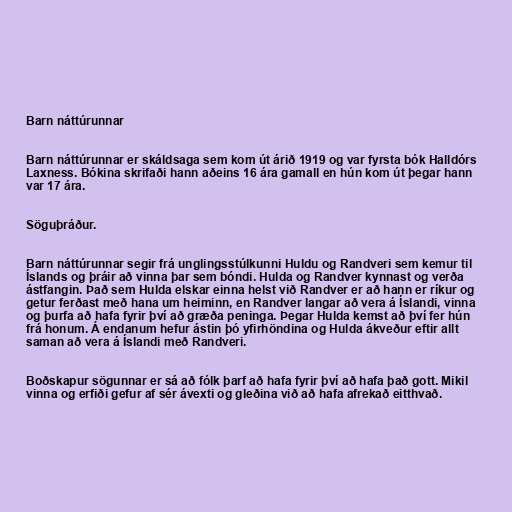
Barn náttúrunnar

Barn náttúrunnar er skáldsaga sem kom út árið 1919 og var fyrsta bók Halldórs
Laxness. Bókina skrifaði hann aðeins 16 ára gamall en hún kom út þegar hann
var 17 ára.

Söguþráður.

Barn náttúrunnar segir frá unglingsstúlkunni Huldu og Randveri sem kemur til
Íslands og þráir að vinna þar sem bóndi. Hulda og Randver kynnast og verða
ástfangin. Það sem Hulda elskar einna helst við Randver er að hann er ríkur og
getur ferðast með hana um heiminn, en Randver langar að vera á Íslandi, vinna
og þurfa að hafa fyrir því að græða peninga. Þegar Hulda kemst að því fer hún
frá honum. Á endanum hefur ástin þó yfirhöndina og Hulda ákveður eftir allt
saman að vera á Íslandi með Randveri.

Boðskapur sögunnar er sá að fólk þarf að hafa fyrir því að hafa það gott. Mikil
vinna og erfiði gefur af sér ávexti og gleðina við að hafa afrekað eitthvað.